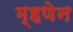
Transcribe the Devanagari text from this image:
म्हणेन